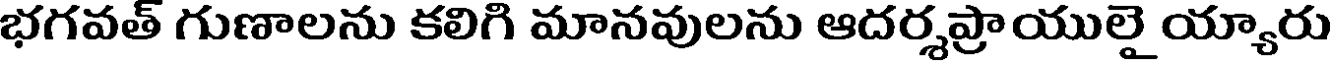
భగవత్ గుణాలను కలిగి మానవులను ఆదర్శప్రాయులై య్యారు